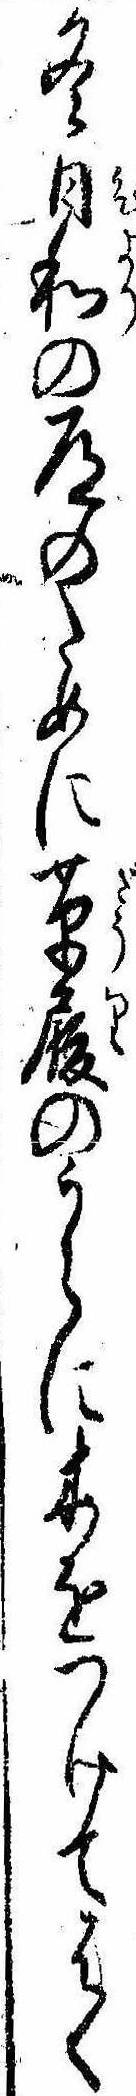
冬日和の道のために草履のうらに木をつけてはく